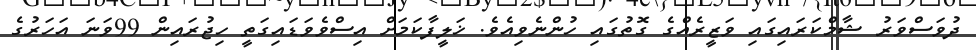
ދުވަސްވަރު ޝާމްކަރައިގައި ވަޒީރެއްގެ ގޮތުގައި ހުންނެވިއެވެ. ޚަލީފާކަމަށް އިސްވެވަޑައިގަތީ ހިޖުރައިން 99ވަނަ އަހަރުގެ